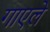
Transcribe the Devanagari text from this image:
गाएले